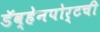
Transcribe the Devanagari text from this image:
डॅव्हेनपोर्टची